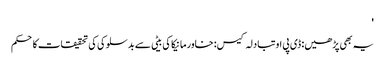
'
یہ بھی پڑھیں: ڈی پی او تبادلہ کیس: خاور مانیکا کی بیٹی سے بدسلوکی کی تحقیقات کا حکم